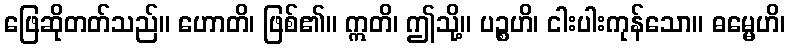
ဖြေဆိုတတ်သည်။ ဟောတိ၊ ဖြစ်၏။ ဣတိ၊ ဤသို့။ ပဉ္စဟိ၊ ငါးပါးကုန်သော။ ဓမ္မေဟိ၊